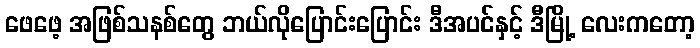
ဖေဖေ့ အဖြစ်သနစ်တွေ ဘယ်လိုပြောင်းပြောင်း ဒီအပင်နှင့် ဒီမြို့ လေးကတော့